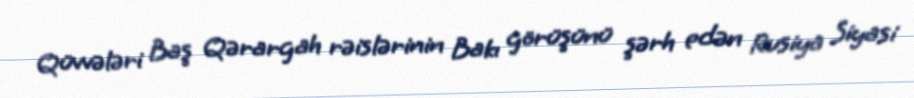
Qüvvələri Baş Qərargah rəislərinin Bakı görüşünü şərh edən Rusiya Siyasi